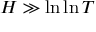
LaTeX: H \gg \ln \ln T